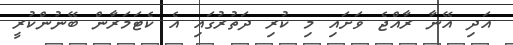
އަދި އޭނާ ރާއްޖެ ވަށައި މި ކުރި ދަތުރުގައި އެ ކެޓަމަރާން ބޭނުންކުރީ